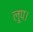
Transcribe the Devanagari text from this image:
लूप।